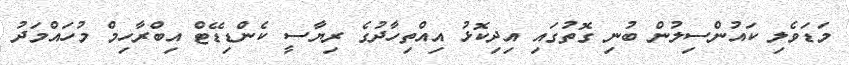
މަޑަވެލި ކައުންސިލުން ބުނި ގޮތުގައި އިދިކޮޅު އިއްތިހާދުގެ ރިޔާސީ ކެންޑިޑޭޓް އިބްރާހިމް މުހައްމަދު